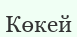
Көкей